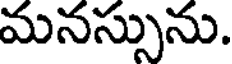
మనస్సును.